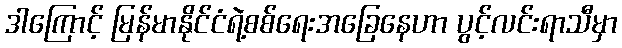
ဒါကြောင့် မြန်မာနိုင်ငံရဲ့စစ်ရေးအခြေနေဟာ ပွင့်လင်းရာသီမှာ